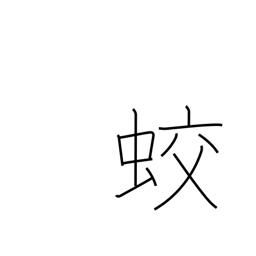
Meaning: dragon